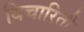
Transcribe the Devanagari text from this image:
विचारिती